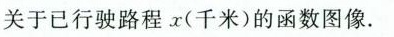
关于已行驶路程x(千米)的函数图像.